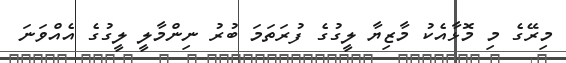
މިރޭގެ މި މޮޅާއެކު މާޒިޔާ ލީގުގެ ފުރަތަމަ ބުރު ނިންމާލީ ލީގުގެ އެއްވަނަ